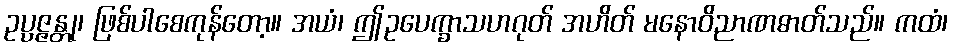
ဥပ္ပဇ္ဇန္တု၊ ဖြစ်ပါစေကုန်တော့။ အယံ၊ ဤဥပေက္ခာသဟဂုတ် အဟိတ် မနောဝိညာဏဓာတ်သည်။ ကထံ၊